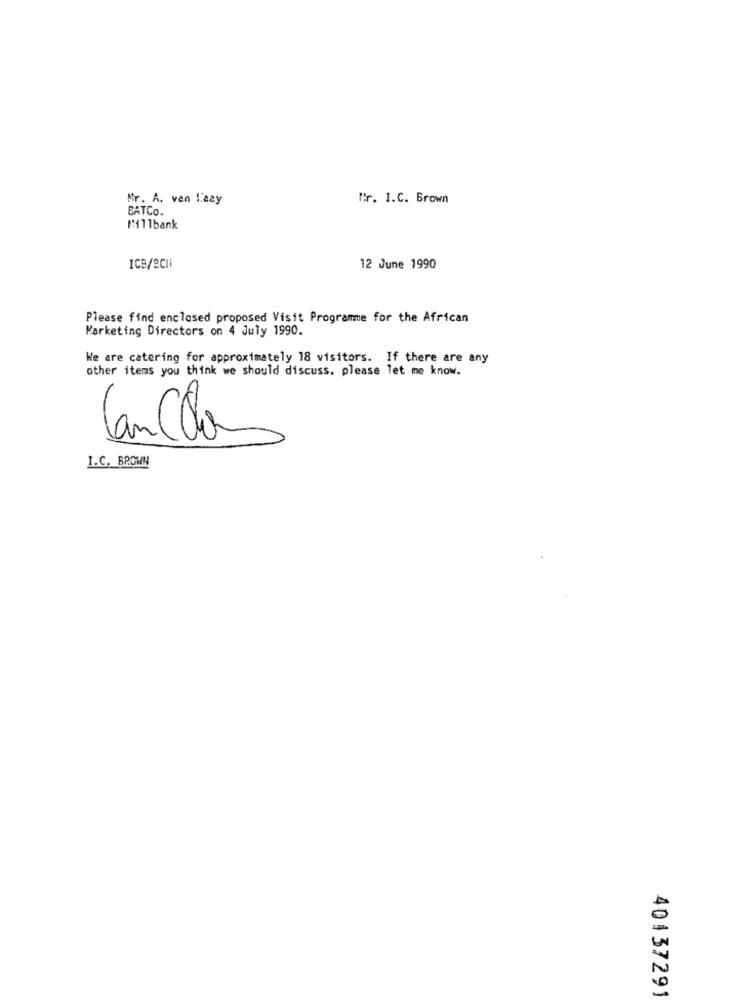
Mr. A. van l'aay
Mr. I.C. Brown
BATCO.
fi11bank
Ice/SCli
12 June 1990
Please find enclosed proposed Visit Programme for the African
Marketing Directors on 4 July 1990.
We are catering for approximately 18 visitors. If there are any
other items you think we should discuss. please let me know.
Cancelo
I.C. BROWN
40137291